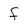
Character: f